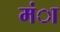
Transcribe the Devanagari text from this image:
मंा